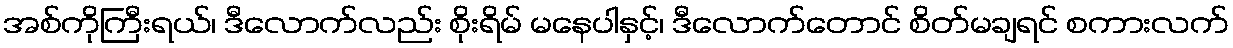
အစ်ကိုကြီးရယ်၊ ဒီလောက်လည်း စိုးရိမ် မနေပါနှင့်၊ ဒီလောက်တောင် စိတ်မချရင် စကားလက်